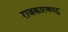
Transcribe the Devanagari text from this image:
राजकारणपटु